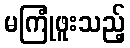
မကြုံဖူးသည့်